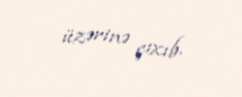
üzərinə çıxıb.